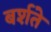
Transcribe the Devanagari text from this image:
बर्शते